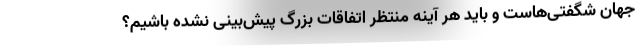
جهان شگفتی‌هاست و باید هر آینه منتظر اتفاقات بزرگ پیش‌بینی نشده باشیم؟